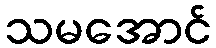
သမအောင်